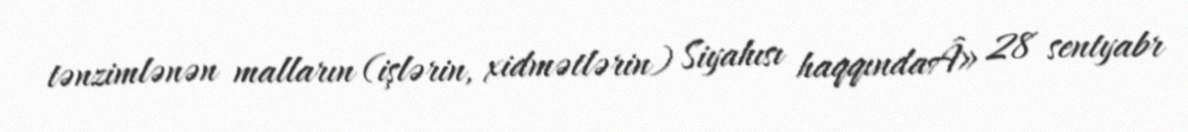
tənzimlənən malların (işlərin, xidmətlərin) Siyahısı haqqındaÂ» 28 sentyabr